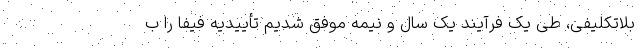
بلاتکلیفی، طی یک فرآیند یک سال و نیمه موفق شدیم تأییدیه فیفا را ب